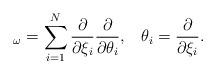
LaTeX: \begin{align*} _\omega = \sum_{i = 1}^N \frac{\partial}{\partial \xi_i} \frac{\partial}{\partial \theta_i}, \; \; \; \theta_i = \frac{\partial}{\partial \xi_i}. \end{align*}